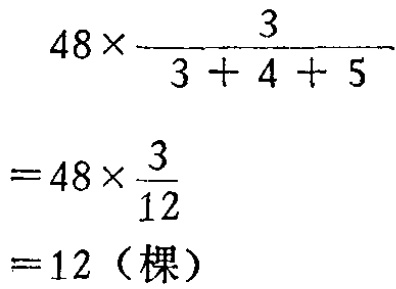
\[

\begin{align*}

&48\times\frac{3}{3 + 4 + 5}\\

=&48\times\frac{3}{12}\\

=&12 \text{（棵）}

\end{align*}

\]